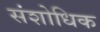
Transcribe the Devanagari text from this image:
संशोधिक